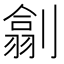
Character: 𠟊